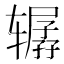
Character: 𰺞